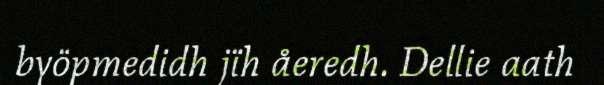
byöpmedidh jïh åeredh. Dellie aath